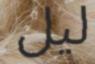
ليل